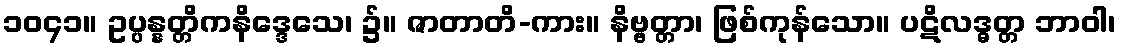
၁၀၄၁။ ဥပ္ပန္နတ္တိကနိဒ္ဒေသေ၊ ၌။ ဇာတာတိ-ကား။ နိဗ္ဗတ္တာ၊ ဖြစ်ကုန်သော။ ပဋိလဒ္ဓတ္တ ဘာဝါ၊